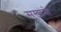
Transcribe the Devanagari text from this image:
सुखांनो